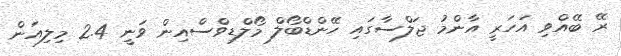
ރޭ ބޭއްވި އަހަރީ އާންމު ޖަލްސާގައި ހޭންޑްބޯލް މޯލްޑިވްސްއިން ވަނީ 2.4 މިލިއަން